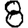
Digit: 8